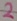
Text: 2